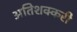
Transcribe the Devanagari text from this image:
अतिशक्करी